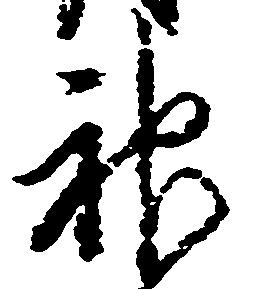
神